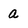
Character: a